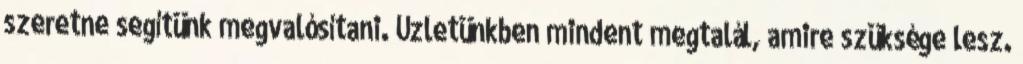
szeretne segítünk megvalósítani. Üzletünkben mindent megtalál, amire szüksége lesz.